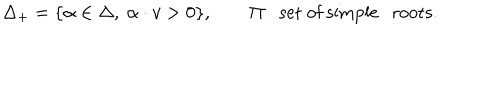
\Delta _ { + } = \{ \alpha \in \Delta , \ \alpha \cdot v > 0 \} , \qquad \Pi : \mathrm { s e t ~ o f ~ s i m p l e ~ r o o t s } .